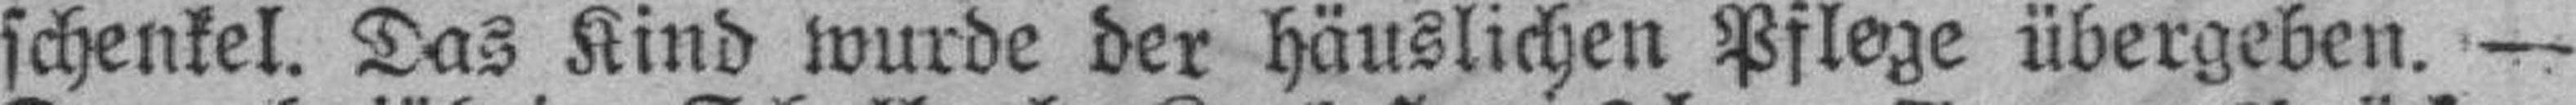
schenkel. Das Kind wurde der häuslichen Pflege übergeben. —